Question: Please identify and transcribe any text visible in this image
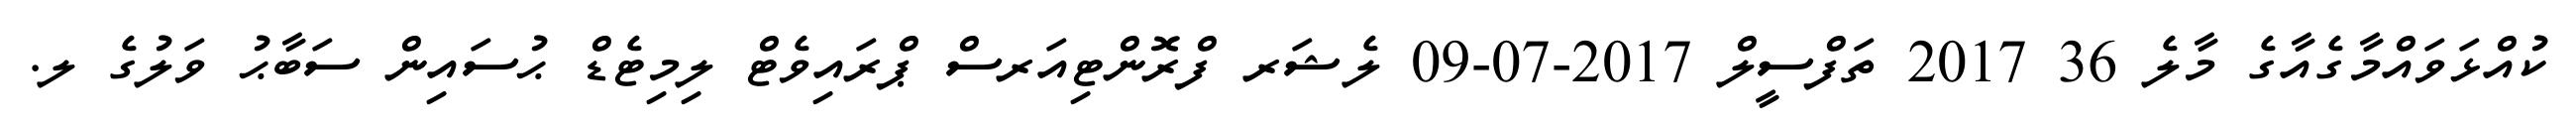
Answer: ކުއްޅަވައްމާގެއާގެ މާލެ 36 2017 ތަފްސީލް 2017-07-09 ލެޝަރ ފްރޮންޓިއަރސް ޕްރައިވެޓް ލިމިޓެޑް ޙުސައިން ސަބާޙު ވަލުގެ ލ.